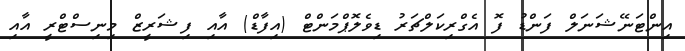
އިންޓަނޭޝަނަލް ފަންޑު ފޮ އެގްރިކަލްޗަރު ޑިވެލޮޕްމަންޓް (އިފާޑް) އާއި ފިޝަރީޒް މިނިސްޓްރީ އާއި